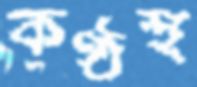
কণ্ঠস্থ